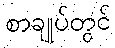
စာချုပ်တွင်